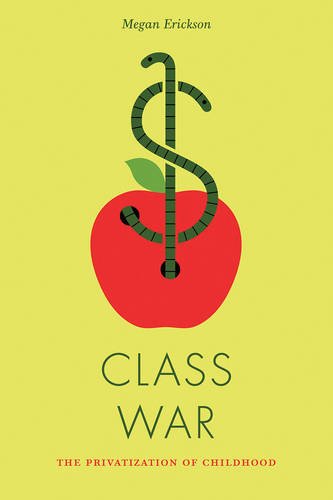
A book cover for Class War: The Privatization of Childhood (Jacobin); Megan Erickson; Politics & Social Sciences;